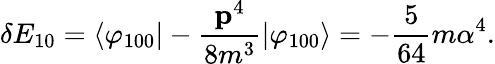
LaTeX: \delta E_{10}=\langle\varphi_{100}\vert-{\frac{{\mathbf p}^{4}}{8m^{3}}}\vert\varphi_{100}\rangle=-{\frac{5}{64}}m\alpha^{4}.